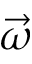
\vec { \omega }